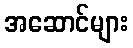
အဆောင်များ